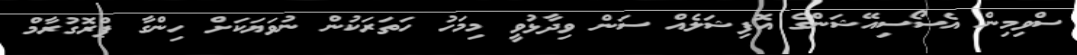
ސްވިމިން އެސޯސިއޭޝަންގެ އޮފިޝަލެއް ސަން ވިދާޅުވީ މިމަހު ހަތަރަކުން ނުވަޔަކަށް ހިންގާ ޕްރޮގުރާމް